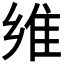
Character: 𱁈